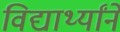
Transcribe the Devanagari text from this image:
विद्यार्थ्यांने